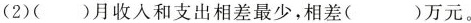
(2)()月收人和支出相差最少，相差()万元。